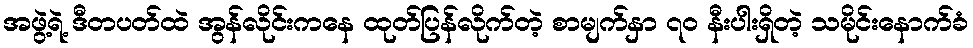
အဖွဲ့ရဲ့ ဒီတပတ်ထဲ အွန်လိုင်းကနေ ထုတ်ပြန်လိုက်တဲ့ စာမျက်နှာ ၇ဝ နီးပါးရှိတဲ့ သမိုင်းနောက်ခံ